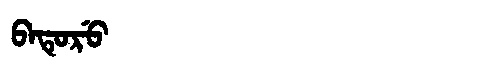
Manchu: ᠪᠠᡨᡠᡵᡠ
Romanization: BATURU